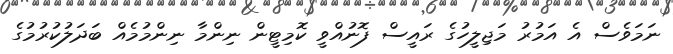
ނަމަވެސް އެ އަމުރު މަޖިލީހުގެ ރައީސް ފޮނުއްވީ ކޮމިޓީން ނިންމާ ނިންމުމެއް ބަދަލުކުރުމުގެ